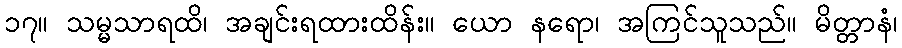
၁၇။ သမ္မသာရထိ၊ အချင်းရထားထိန်း။ ယော နရော၊ အကြင်သူသည်။ မိတ္တာနံ၊